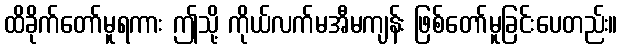
ထိခိုက်တော်မူရကား ဤသို့ ကိုယ်လက်မအီမကျန်း ဖြစ်တော်မူခြင်းပေတည်း။